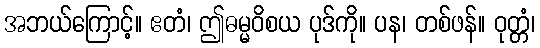
အဘယ်ကြောင့်။ ဧတံ၊ ဤဓမ္မဝိစယ ပုဒ်ကို။ ပန၊ တစ်ဖန်။ ဝုတ္တံ၊